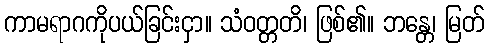
ကာမရာဂကိုပယ်ခြင်းငှာ။ သံဝတ္တတိ၊ ဖြစ်၏။ ဘန္တေ၊ မြတ်